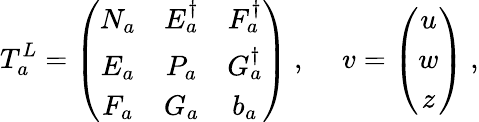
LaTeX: T_{a}^{L}=\left(\begin{array}{ccc}{{N_{a}}}&{{E_{a}^{\dagger}}}&{{F_{a}^{\dagger}}}\\ {{E_{a}}}&{{P_{a}}}&{{G_{a}^{\dagger}}}\\ {{F_{a}}}&{{G_{a}}}&{{b_{a}}}\end{array}\right)~,~~~~~v=\left(\begin{array}{c}{{u}}\\ {{w}}\\ {{z}}\end{array}\right)~,